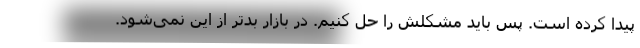
پیدا کرده است. پس باید مشکلش را حل کنیم. در بازار بدتر از این نمی‌شود.